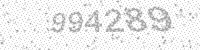
Solution: 994289